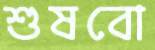
শুষবো